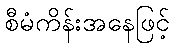
စီမံကိန်းအနေဖြင့်